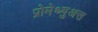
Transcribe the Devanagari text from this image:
प्रोमेथ्युअस